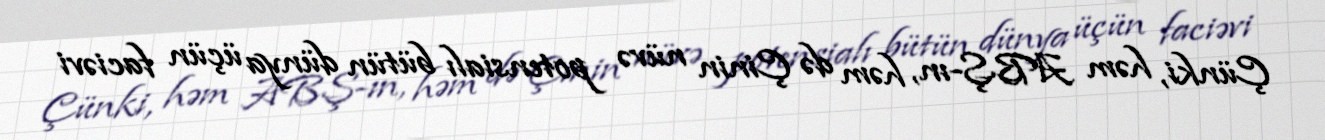
Çünki, həm ABŞ-ın, həm də Çinin nüvə potensialı bütün dünya üçün faciəvi